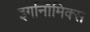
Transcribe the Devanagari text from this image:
इर्गानॉमिक्स